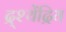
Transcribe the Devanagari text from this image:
द्र्श्येंद्रिय